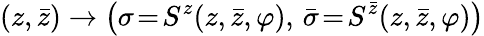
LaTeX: (z,\bar{z})\rightarrow\left(\sigma\! =\! S^{z}(z,\bar{z},\varphi),\, \bar{\sigma}\! =\! S^{\bar{z}}(z,\bar{z},\varphi)\right)